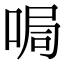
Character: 𠵑